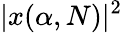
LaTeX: |x(\alpha,N)|^{2}